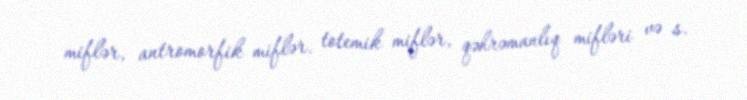
miflər, antromorfik miflər, totemik miflər, qəhrəmanlıq mifləri və s.